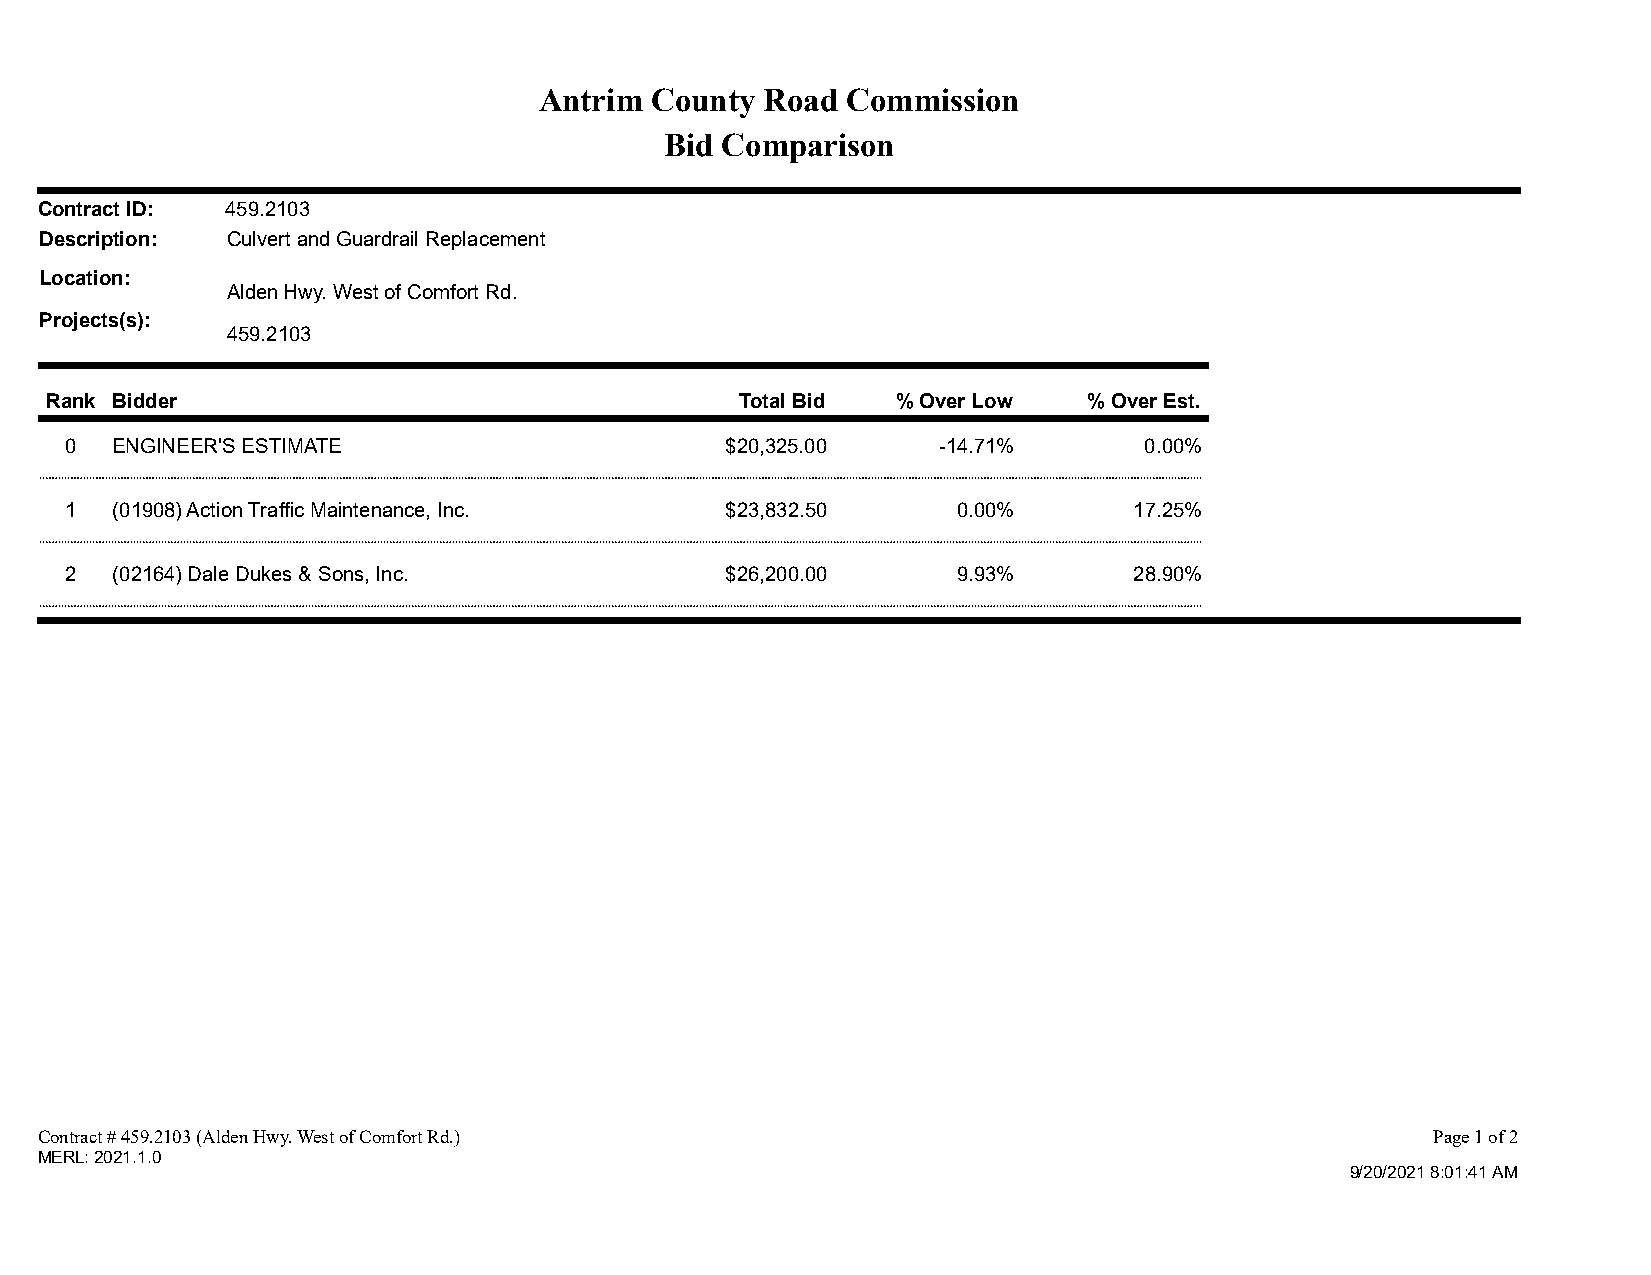
Antrim County  Road Commission
 Bid Comparison
 Contract ID: 459.2103
 Description: Culvert and Guardrail Replacement
 Location:
 Alden Hwy. West of Comfort Rd.
 Projects(s):
 459.2103
 Rank Bidder                                   Total Bid % Over Low   % Over Est.
 0  ENGINEER'S ESTIMATE                      $20,325.00    -14.71%       0.00%
 1  (01908) Action Traffic Maintenance, Inc. $23,832.50     0.00%       17.25%
 2  (02164) Dale Dukes & Sons, Inc.          $26,200.00     9.93%       28.90%
 Contract # 459.2103 (Alden Hwy. West of Comfort Rd.)                                         Page 1 of 2
 MERL: 2021.1.0
 9/20/2021 8:01:41 AM